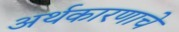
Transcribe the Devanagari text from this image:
अर्थकारणाचे